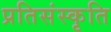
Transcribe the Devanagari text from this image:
प्रतिसंस्कृति